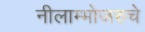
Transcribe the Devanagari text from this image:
नीलाम्भोजरुचे